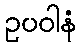
ဥပဝါနံ